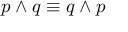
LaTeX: p \wedge q \equiv q \wedge p